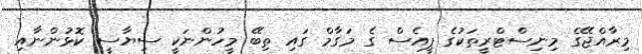
މިރާއްޖޭގެ މިނިސްޓްރީތަކުގެ ޕީއެސް ގެ މަގާމް ގައި ތިބޭ މީހުންނަކީ ސިޔާސީ ކޮޅުންނާއި